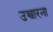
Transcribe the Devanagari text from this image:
उच्चारना